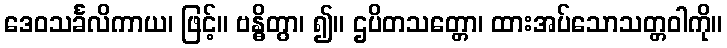
ဒေဝသင်္ခလိကာယ၊ ဖြင့်။ ဗန္ဓိတွာ၊ ၍။ ဌပိတသတ္တော၊ ထားအပ်သောသတ္တဝါကို။